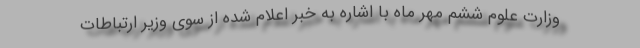
وزارت علوم ششم مهر ماه با اشاره به خبر اعلام شده از سوی وزیر ارتباطات